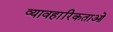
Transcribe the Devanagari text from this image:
व्यावहारिकताओ